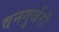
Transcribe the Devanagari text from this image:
वनगुर्जरों